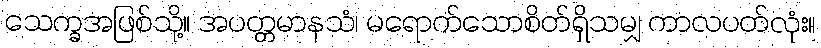
သေက္ခအဖြစ်သို့။ အပတ္တမာနသံ၊ မရောက်သောစိတ်ရှိသမျှ ကာလပတ်လုံး။